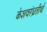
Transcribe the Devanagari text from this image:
केशवरंध्रतीर्थ